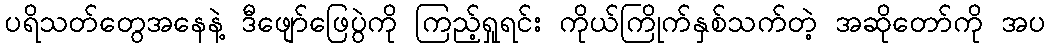
ပရိသတ်တွေအနေနဲ့ ဒီဖျော်ဖြေပွဲကို ကြည့်ရှုရင်း ကိုယ်ကြိုက်နှစ်သက်တဲ့ အဆိုတော်ကို အပ